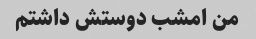
من امشب دوستش داشتم